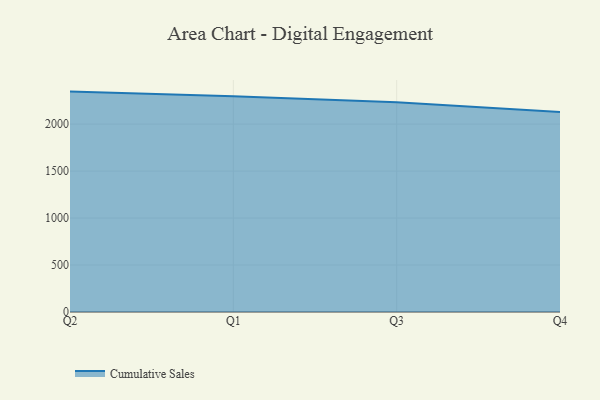
{"axis": {"x": "Quarter", "y": "Net Income (USD K)"}, "legend": ["Cumulative Sales"], "data": [{"x": "Q2", "y": 2346.1, "type": "Cumulative Sales"}, {"x": "Q1", "y": 2296.4, "type": "Cumulative Sales"}, {"x": "Q3", "y": 2231.7, "type": "Cumulative Sales"}, {"x": "Q4", "y": 2129.9, "type": "Cumulative Sales"}]}